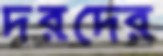
দরদের